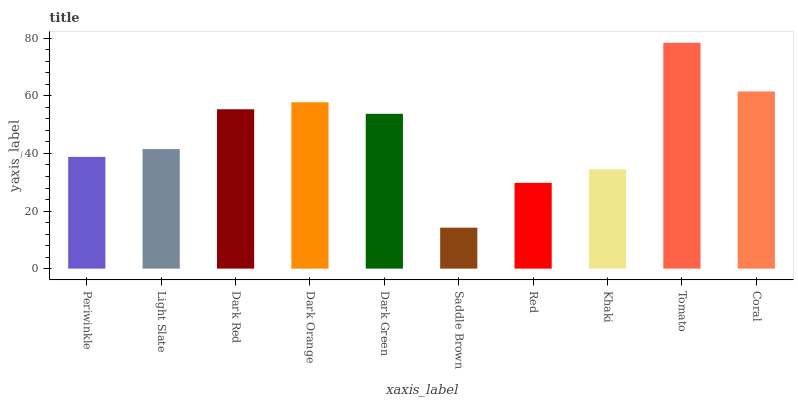
| xaxis_label | bars |
 | --- | --- |
 | Periwinkle | 38.8 |
 | Light Slate | 41.5 |
 | Dark Red | 55.4 |
 | Dark Orange | 57.8 |
 | Dark Green | 53.8 |
 | Saddle Brown | 14.2 |
 | Red | 29.8 |
 | Khaki | 34.5 |
 | Tomato | 78.4 |
 | Coral | 61.5 |